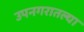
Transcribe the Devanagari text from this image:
उपनगरातल्या